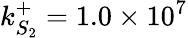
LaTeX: k_{S_{2}}^{+}=1.0\times 10^{7}